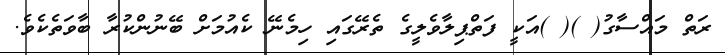
ރަތް މައްސާގު( )( )އަކީ ފަތްޕިލާވެލީގެ ތެރޭގައި ހިމެނޭ ކެއުމަށް ބޭނުންކުރާ ބާވަތެކެވެ.